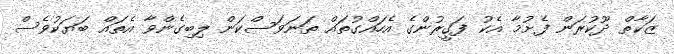
ޒަކާތް ދޫކުރަން ފެށުމާ އެކު ފަގީރުންގެ އެހައްގުތައް ތަނަވަސްކަން ލިބިގެންވާ އެތައް ބަޔަކުވެސް